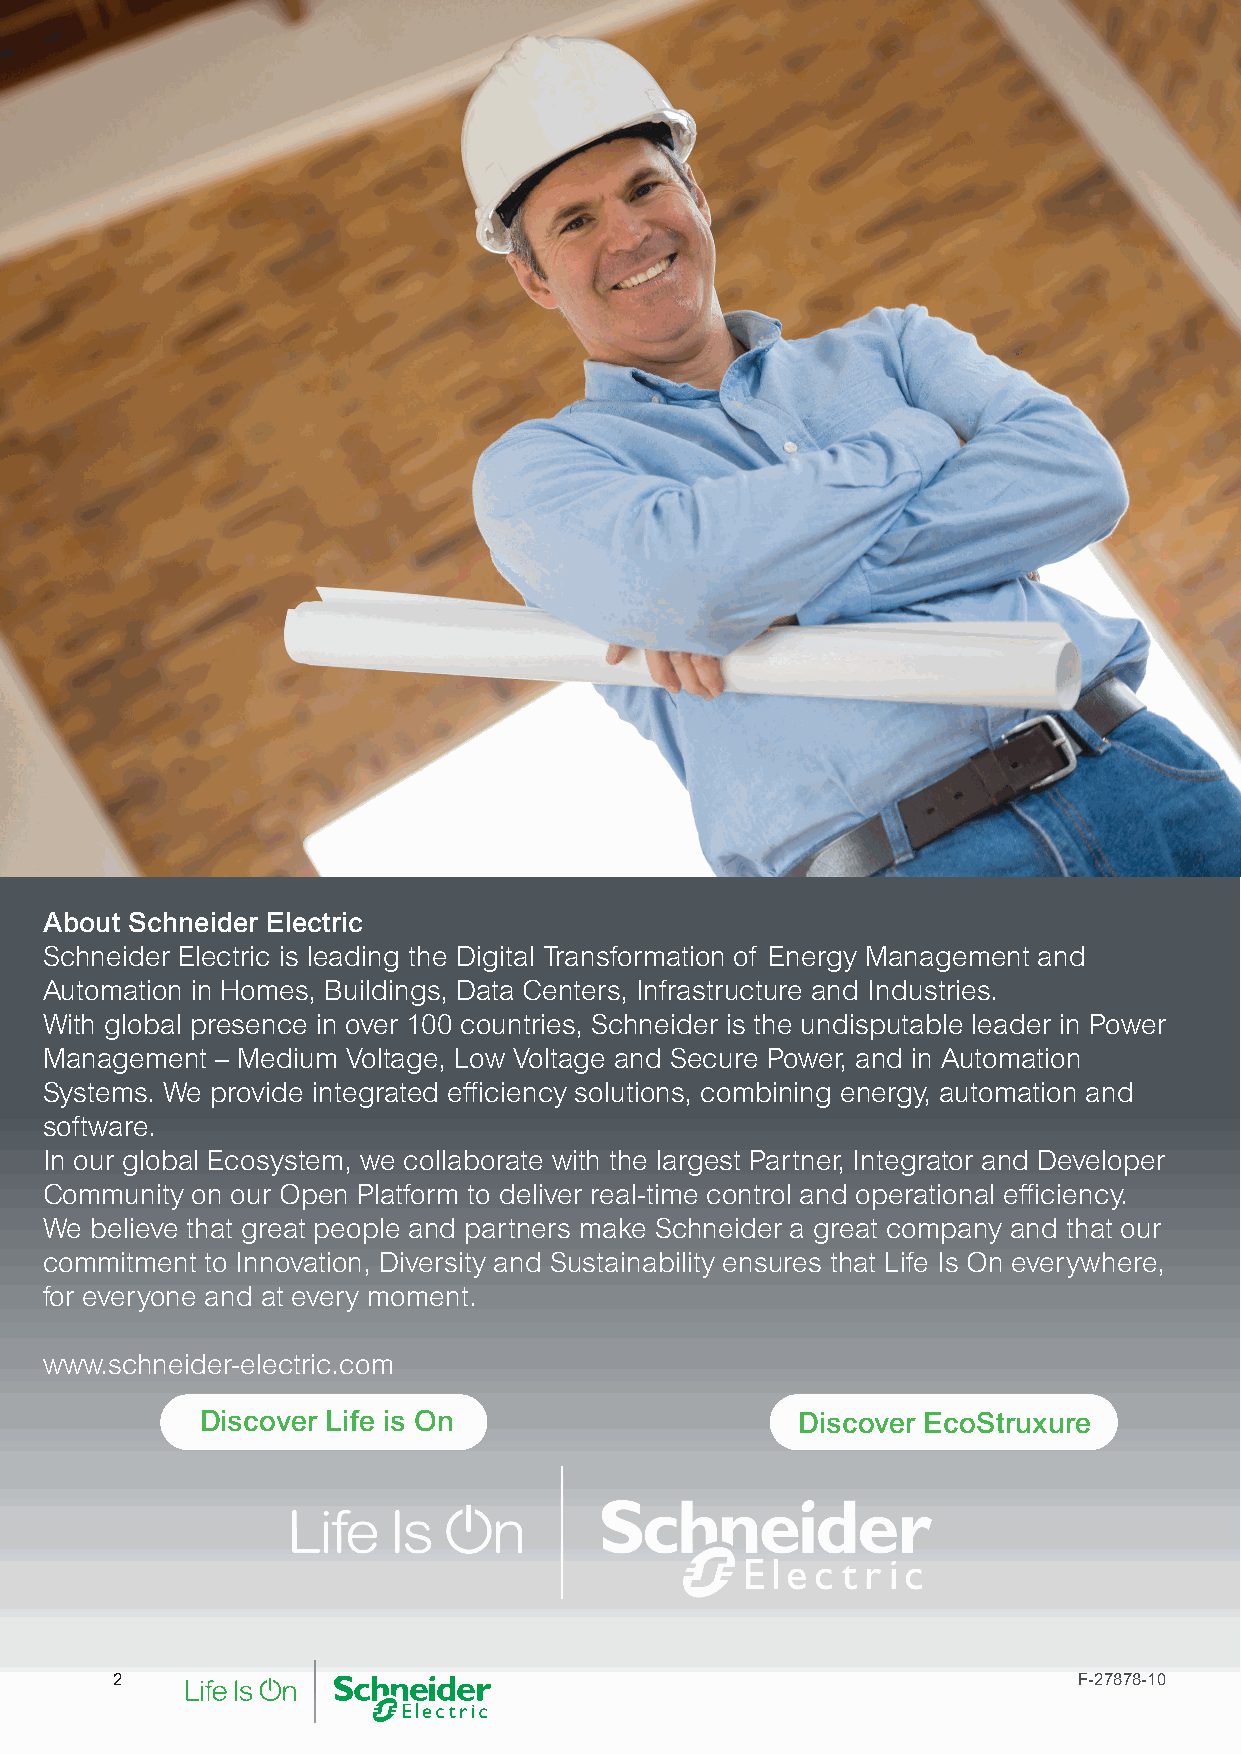
About Schneider Electric
 Schneider Electric is leading the Digital Transformation of Energy Management and
 Automation in Homes, Buildings, Data Centers, Infrastructure and Industries.
 With global presence in over 100 countries, Schneider is the undisputable leader in Power
 Management – Medium Voltage, Low Voltage and Secure Power, and in Automation
 Systems. We provide integrated efficiency solutions, combining energy, automation and
 software.
 In our global Ecosystem, we collaborate with the largest Partner, Integrator and Developer
 Community on our Open Platform to deliver real-time control and operational efficiency.
 We believe that great people and partners make Schneider a great company and that our
 commitment to Innovation, Diversity and Sustainability ensures that Life Is On everywhere,
 for everyone and at every moment.
 www.schneider-electric.com
 Discover Life is On                     Discover EcoStruxure
 2                                                               F-27878-10